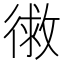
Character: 𭛾